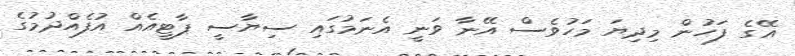
އޭގެ ފަހުން މިދިޔަ މަހުވެސް އޭނާ ވަނީ އެނަމުގައި ސިޔާސީ ޕާޓީއެއް އުފެއްދުމުގެ